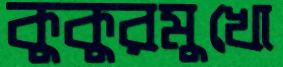
কুকুরমুখো